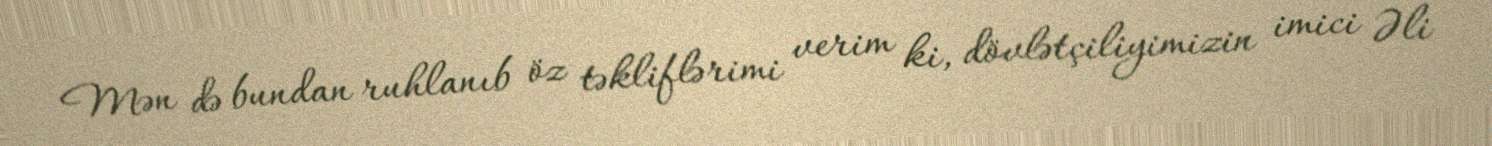
Mən də bundan ruhlanıb öz təkliflərimi verim ki, dövlətçiliyimizin imici Əli